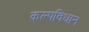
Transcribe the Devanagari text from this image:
कल्पविधान